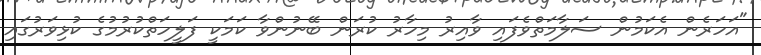
"އަހަރެން އެކަމުން ސަލާމަތްވެފައި ވާއިރު މިހާރު ކުރަން ބޭނުންވާ ކަމަކީ ފަލީހަތްކުރުމުގެ ކުޅިވަރުގައި